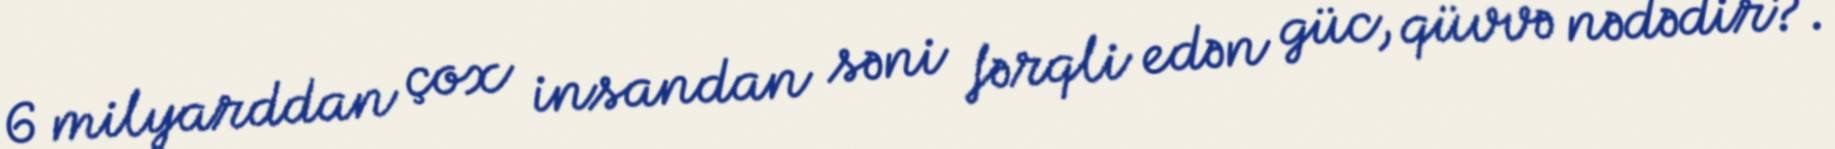
6 milyarddan çox insandan səni fərqli edən güc, qüvvə nədədir?.